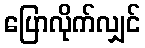
ပြောလိုက်လျှင်